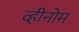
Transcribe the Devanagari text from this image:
व्हीनोम